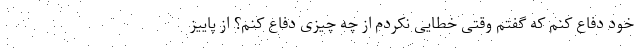
خود دفاع کنم که گفتم وقتی خطایی نکردم از چه چیزی دفاع کنم؟ از پاییز